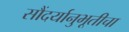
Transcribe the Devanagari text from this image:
सौंदर्यानुभूतीचा